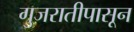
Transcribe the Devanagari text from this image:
गुजरातीपासून